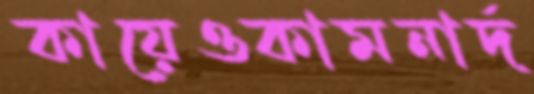
কায়েওকামনার্দ